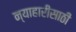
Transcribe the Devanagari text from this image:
न्याहारीसाठी